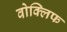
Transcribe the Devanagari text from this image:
वोक्लिफ